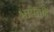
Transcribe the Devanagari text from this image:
भाषेंतहि